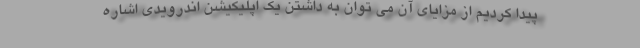
پيدا كرديم از مزاياي آن مي توان به داشتن يك اپليكيشن اندرويدي اشاره